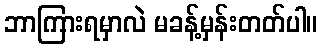
ဘာကြားရမှာလဲ မခန့်မှန်းတတ်ပါ။